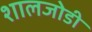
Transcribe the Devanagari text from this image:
शालजोडी